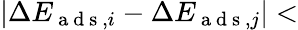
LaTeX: \lvert\Delta E_{\mathrm{~a~d~s~},i}-\Delta E_{\mathrm{~a~d~s~},j}\rvert<